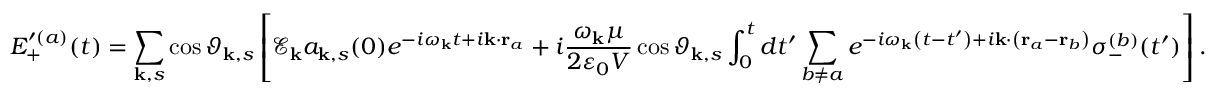
E _ { + } ^ { \prime ( a ) } ( t ) = \sum _ { \mathbf { k } , s } \cos { \vartheta _ { \mathbf { k } , s } } \left[ \mathscr { E } _ { \mathbf { k } } a _ { \mathbf { k } , s } ( 0 ) e ^ { - i \omega _ { \mathbf { k } } t + i \mathbf { k } \cdot \mathbf { r } _ { a } } + i \frac { \omega _ { \mathbf { k } } \mu } { 2 \varepsilon _ { 0 } V } \cos { \vartheta _ { \mathbf { k } , s } } \int _ { 0 } ^ { t } d t ^ { \prime } \sum _ { b \neq a } e ^ { - i \omega _ { \mathbf { k } } \left( t - t ^ { \prime } \right) + i \mathbf { k } \cdot \left( \mathbf { r } _ { a } - \mathbf { r } _ { b } \right) } \sigma _ { - } ^ { ( b ) } ( t ^ { \prime } ) \right] .